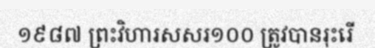
១៩៨៧ ព្រះវិហារសសរ១០០ ត្រូវបានរុះរើ